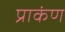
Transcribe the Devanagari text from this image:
प्राकंण